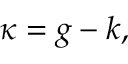
\kappa = g - k ,